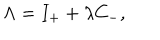
LaTeX: \Lambda = I _ { + } + \lambda C _ { - } ,